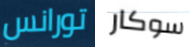
تورانس سوكار